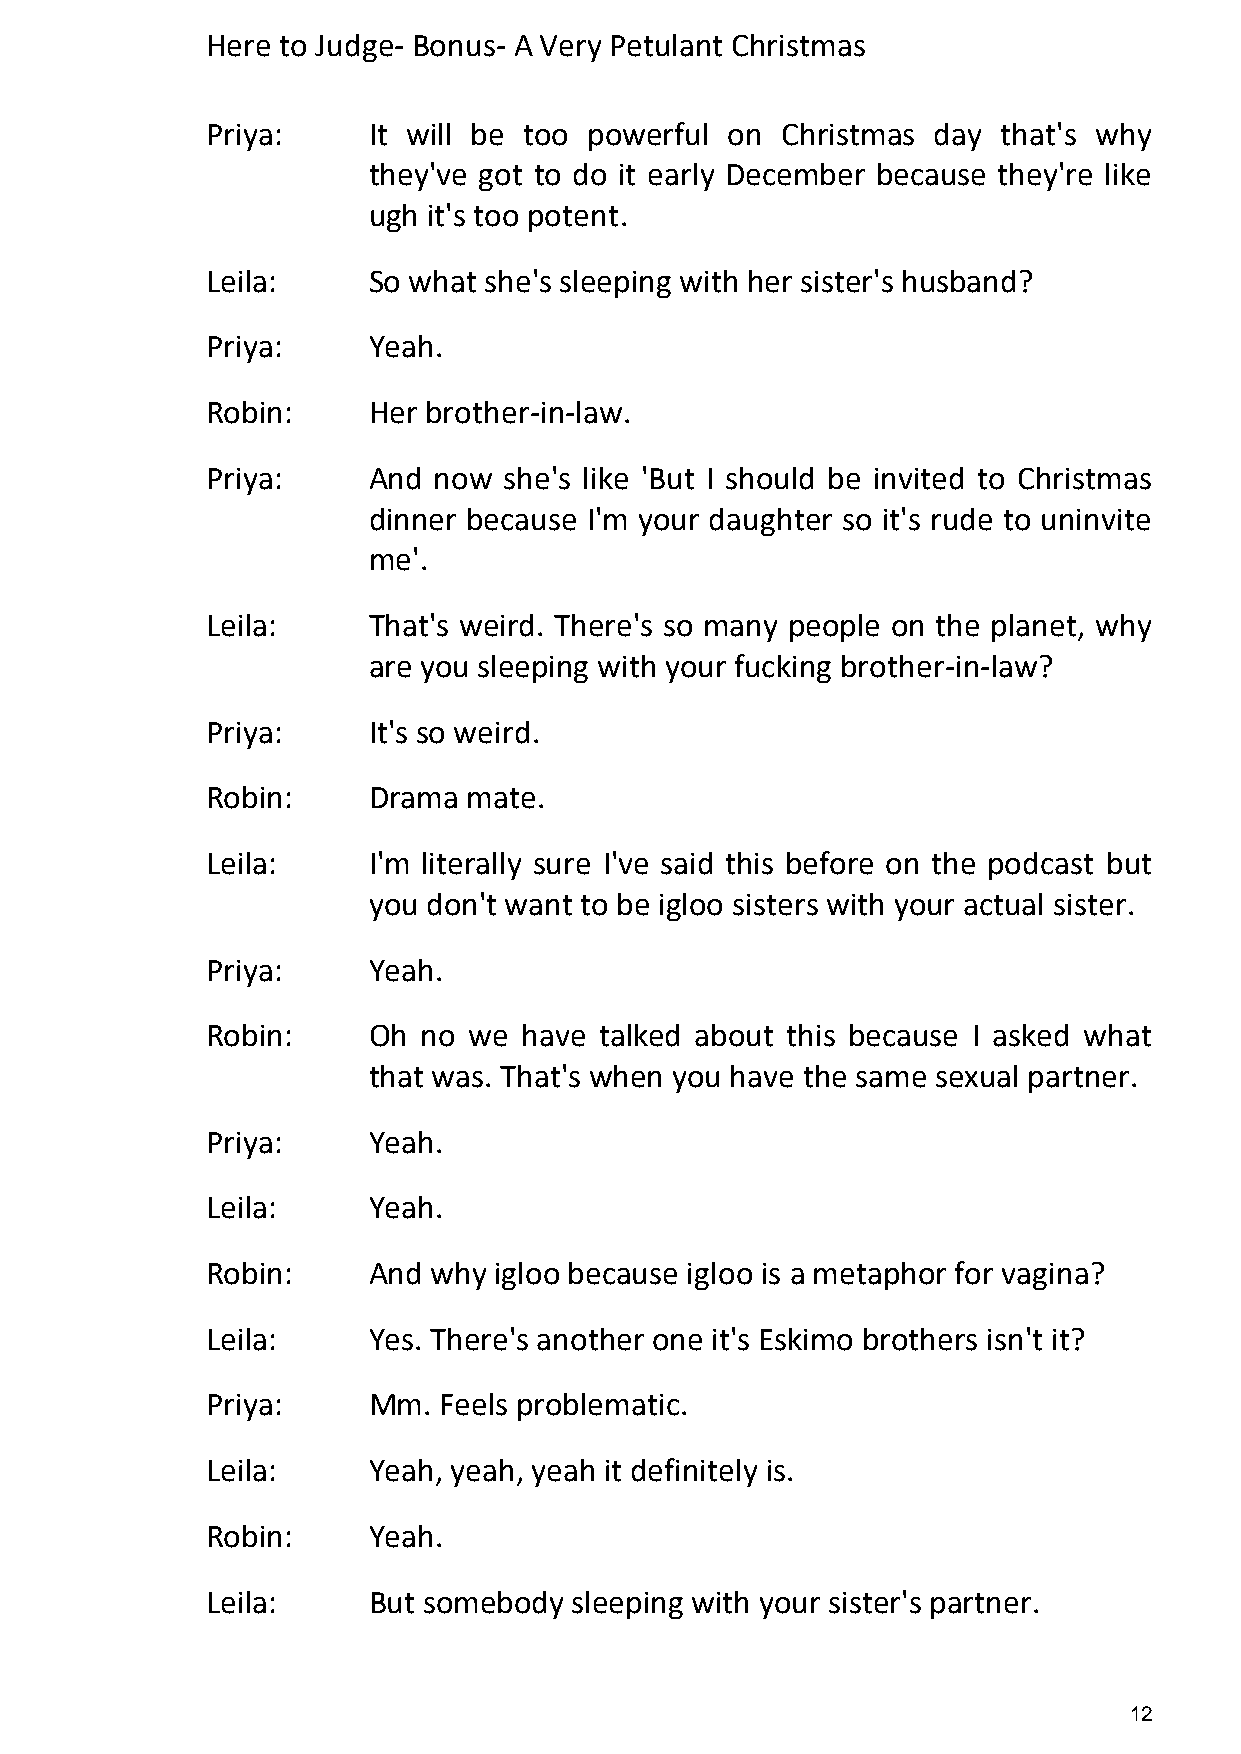
Here to Judge- Bonus- A Very Petulant Christmas
 Priya:    It will be too powerful on  Christmas day that's why
 they've got to do it early December because they're like
 ugh it's too potent.
 Leila:    So what she's sleeping with her sister's husband?
 Priya:    Yeah.
 Robin:    Her brother-in-law.
 Priya:    And  now she's like 'But I should be invited to Christmas
 dinner because I'm your daughter so it's rude to uninvite
 me'.
 Leila:    That's weird. There's so many people on the planet, why
 are you sleeping with your fucking brother-in-law?
 Priya:    It's so weird.
 Robin:    Drama  mate.
 Leila:    I'm literally sure I've said this before on the podcast but
 you don't want to be igloo sisters with your actual sister.
 Priya:    Yeah.
 Robin:    Oh  no we  have talked about this because I asked what
 that was. That's when you have the same sexual partner.
 Priya:    Yeah.
 Leila:    Yeah.
 Robin:    And  why igloo because igloo is a metaphor for vagina?
 Leila:    Yes. There's another one it's Eskimo brothers isn't it?
 Priya:    Mm.  Feels problematic.
 Leila:    Yeah, yeah, yeah it definitely is.
 Robin:    Yeah.
 Leila:    But somebody  sleeping with your sister's partner.
 12